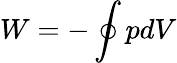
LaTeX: W=-\oint pdV